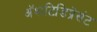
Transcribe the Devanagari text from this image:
अॅशटिडिप्रेसंट